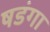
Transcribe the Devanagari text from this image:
षडंगा